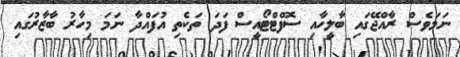
ނަމަވެސް ރާއްޖޭގައި ބާލީހާއި ސޮފްޓްޓޯއީސް ފަދަ ތަކެތި އުފައްދާ ނަމަ މިހާރު ބާޒާރުގައި